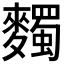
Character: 𪍹